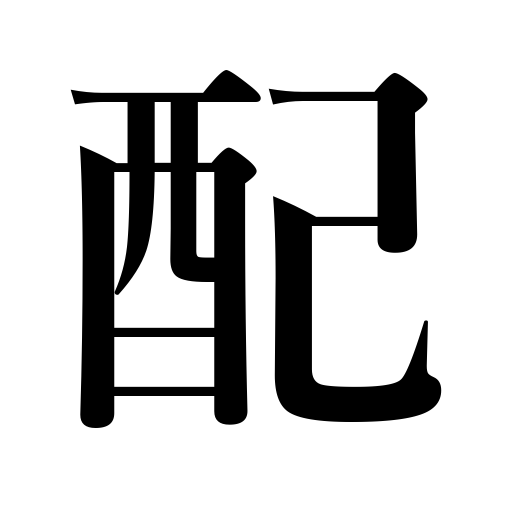
Meanings: allocate,serve food,keep your eyes on,exile,rationing,distribute,spouse